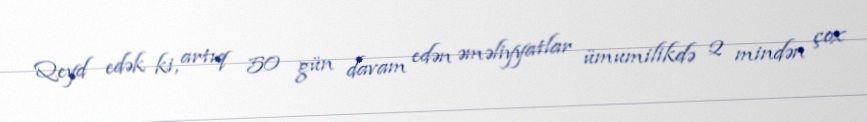
Qeyd edək ki, artıq 50 gün davam edən əməliyyatlar ümumilikdə 2 mindən çox